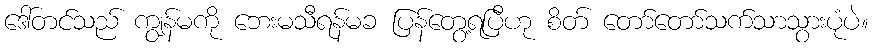
ဒေါ်တင်သည် ကျွန်မကို ဘေးမသီရန်မခ ပြန်တွေ့ရပြီဟု စိတ် တော်တော်သက်သာသွားပုံပဲ။